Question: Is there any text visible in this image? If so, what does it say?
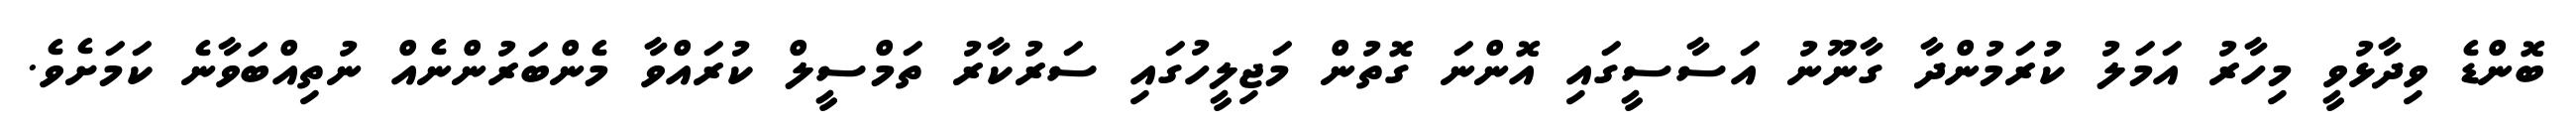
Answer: ބޮންޑެ ވިދާޅުވީ މިހާރު އަމަލު ކުރަމުންދާ ގާނޫނު އަސާސީގައި އޮންނަ ގޮތުން މަޖިލީހުގައި ސަރުކާރު ތަމްސީލް ކުރައްވާ މެންބަރުންނެއް ނުތިއްބަވާނެ ކަމަށެވެ.